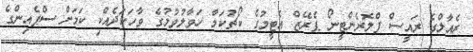
ރެއާލްގެ ރައީސް ފްލޮރެންޓީނޯ ޕެރޭޒް އެޓީމުގެ ކޯޗުކަމާ ހަވާލުވުމުގެ ވާހަކަދެއްކި ކަމަށް ސްޕެއިންގެ